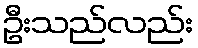
ဦးသည်လည်း